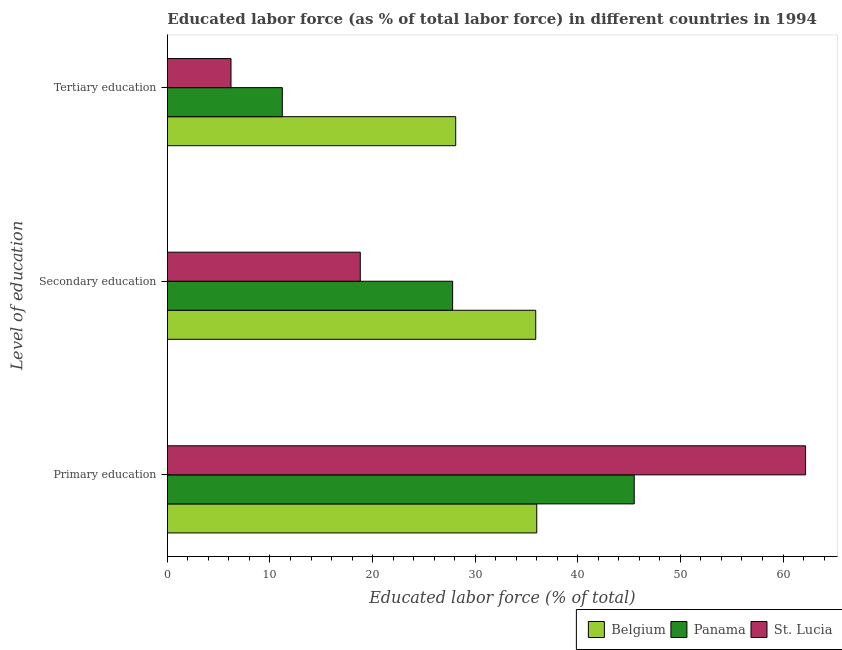
| Level of education | Belgium | Panama | St. Lucia |
 | --- | --- | --- | --- |
 | Primary education | 36 | 45.5 | 62.2 |
 | Secondary education | 35.9 | 27.8 | 18.8 |
 | Tertiary education | 28.1 | 11.2 | 6.2 |